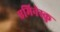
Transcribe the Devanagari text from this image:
एमिनेस्कु